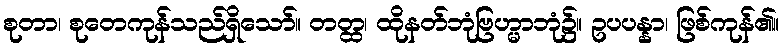
စုတာ၊ စုတေကုန်သည်ရှိသော်။ တတ္ထ၊ ထိုနတ်ဘုံဗြဟ္မာဘုံ၌။ ဥပပန္နာ၊ ဖြစ်ကုန်၏။